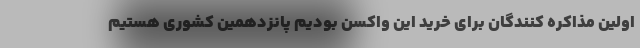
اولین مذاکره کنندگان برای خرید این واکسن بودیم پانزدهمین کشوری هستیم